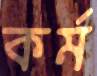
কর্ম